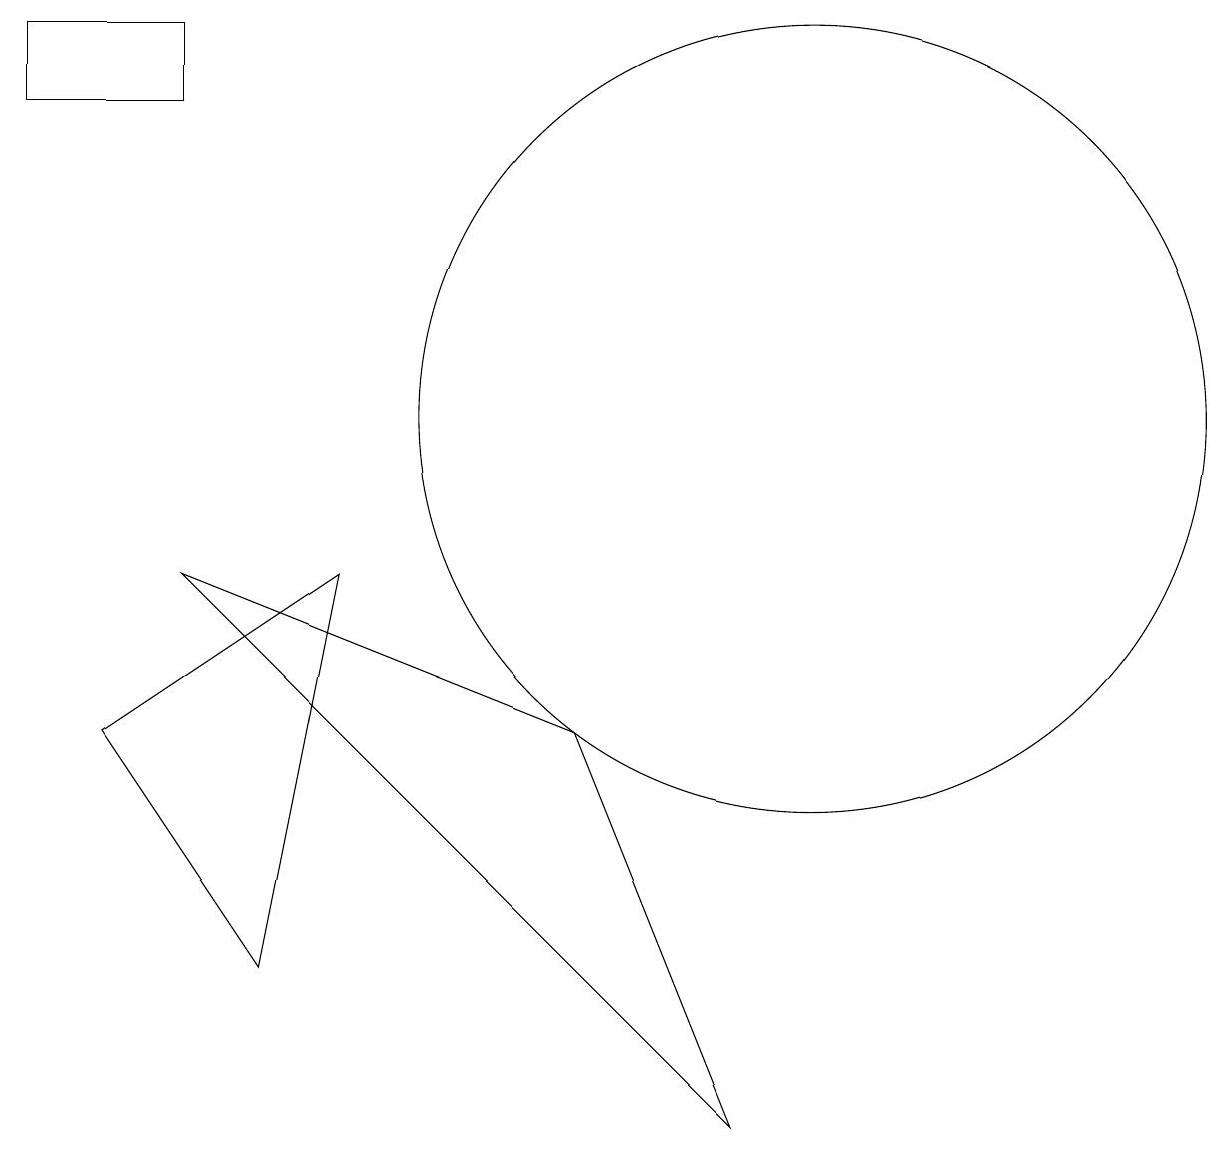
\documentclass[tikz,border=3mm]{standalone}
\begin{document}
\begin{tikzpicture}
\draw (0,14) rectangle (2,15);
\draw (2,8) -- (9,1) -- (7,6) -- cycle;
\draw (10,10) circle (5);
\draw (1,6) -- (3,3) -- (4,8) -- cycle;
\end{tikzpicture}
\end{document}